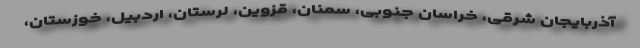
آذربایجان شرقی، خراسان جنوبی، سمنان، قزوین، لرستان، اردبیل، خوزستان،